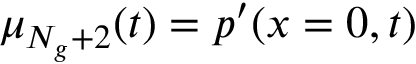
\mu _ { N _ { g } + 2 } ( t ) = p ^ { \prime } ( x = 0 , t )